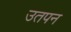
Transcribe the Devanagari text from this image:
उतपन